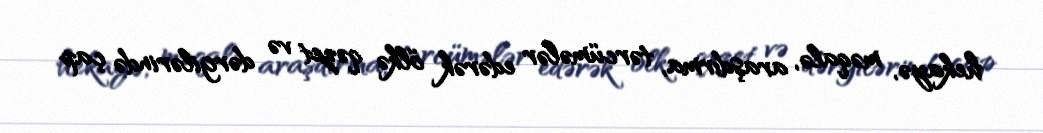
hekayə, məqalə, araşdırma, tərcümələr edərək ölkə qəzet və dərgilərində çap